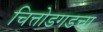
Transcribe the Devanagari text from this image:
चित्तोडगडचा